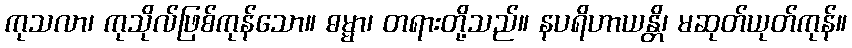
ကုသလာ၊ ကုသိုလ်ဖြစ်ကုန်သော။ ဓမ္မာ၊ တရားတို့သည်။ နပရိဟာယန္တိ၊ မဆုတ်ယုတ်ကုန်။